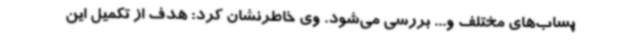
پساب‌های مختلف و... بررسی می‌شود. وی خاطرنشان کرد: هدف از تکمیل این